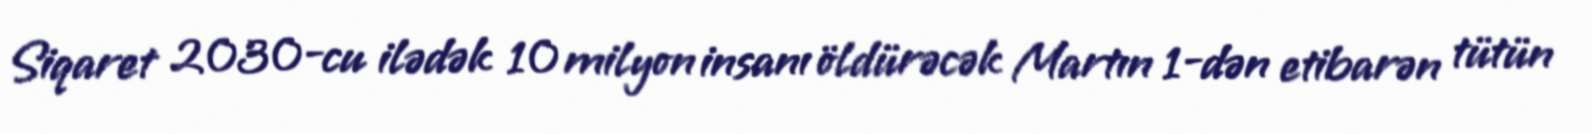
Siqaret 2030-cu ilədək 10 milyon insanı öldürəcək Martın 1-dən etibarən tütün